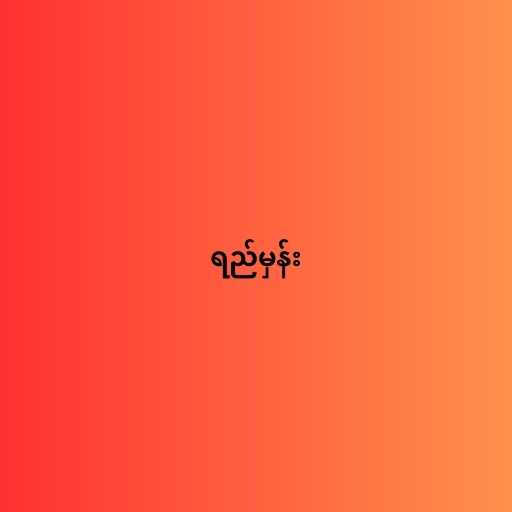
ရည်မှန်း